Indian journal of veterinary science and animal husbandry - Volumes 24-25, 1954-1955
Year: 1954
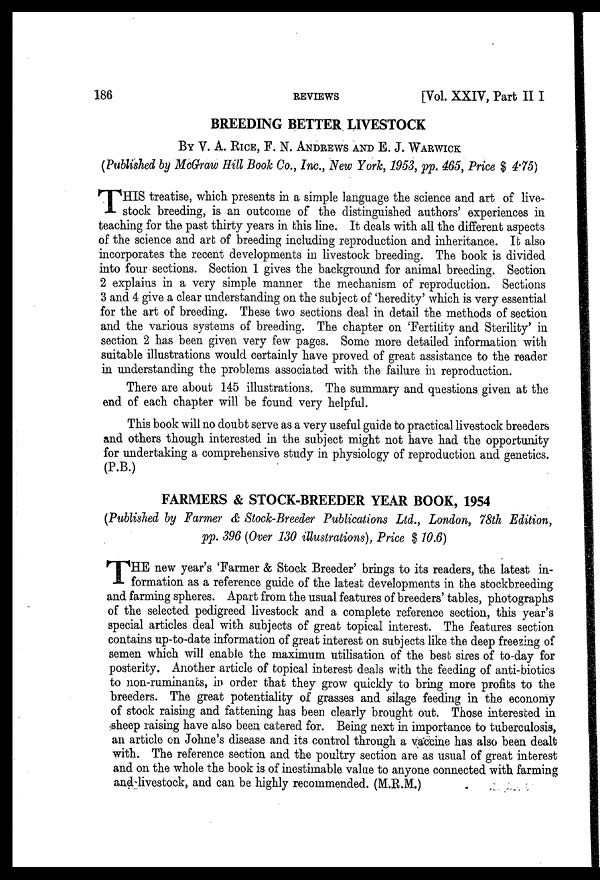
186
REVIEWS
[Vol. XXIV, Part II I
BREEDING BETTER LIVESTOCK
BY V. A. RICE, F. N. ANDREWS AND E. J. WARWICK
(Published by McGraw Hill Book Co., Inc., New York, 1953, pp. 465, Price $ 4.75)
T HIS treatise, which presents in a simple language the science and art of live-
stock breeding, is an outcome of the distinguished authors' experiences in
teaching for the past thirty years in this line. It deals with all the different aspects
of the science and art of breeding including reproduction and inheritance. It also
incorporates the recent developments in livestock breeding. The book is divided
into four sections. Section 1 gives the background for animal breeding. Section
2 explains in a very simple manner the mechanism of reproduction. Sections
3 and 4 give a clear understanding on the subject of 'heredity' which is very essential
for the art of breeding. These two sections deal in detail the methods of section
and the various systems of breeding. The chapter on 'Fertility and Sterility' in
section 2 has been given very few pages. Some more detailed information with
suitable illustrations would certainly have proved of great assistance to the reader
in understanding the problems associated with the failure in reproduction.
There are about 145 illustrations. The summary and questions given at the
end of each chapter will be found very helpful.
This book will no doubt serve as a very useful guide to practical livestock breeders
and others though interested in the subject might not have had the opportunity
for undertaking a comprehensive study in physiology of reproduction and genetics.
(P.B.)
FARMERS & STOCK-BREEDER YEAR BOOK, 1954
(Published by Farmer & Stock-Breeder Publications Ltd., London, 78th Edition,
pp. 396 (Over 130 illustrations), Price $ 10.6)
T HE new year's 'Farmer & Stock Breeder' brings to its readers, the latest in-
formation as a reference guide of the latest developments in the stockbreeding
and farming spheres. Apart from the usual features of breeders' tables, photographs
of the selected pedigreed livestock and a complete reference section, this year's
special articles deal with subjects of great topical interest. The features section
contains up-to-date information of great interest on subjects like the deep freezing of
semen which will enable the maximum utilisation of the best sires of to-day for
posterity. Another article of topical interest deals with the feeding of anti-biotics
to non-ruminants, in order that they grow quickly to bring more profits to the
breeders. The great potentiality of grasses and silage feeding in the economy
of stock raising and fattening has been clearly brought out. Those interested in
sheep raising have also been catered for. Being next in importance to tuberculosis,
an article on Johne's disease and its control through a vaccine has also been dealt
with. The reference section and the poultry section are as usual of great interest
and on the whole the book is of inestimable value to anyone connected with farming
and livestock, and can be highly recommended. (M.R.M.)